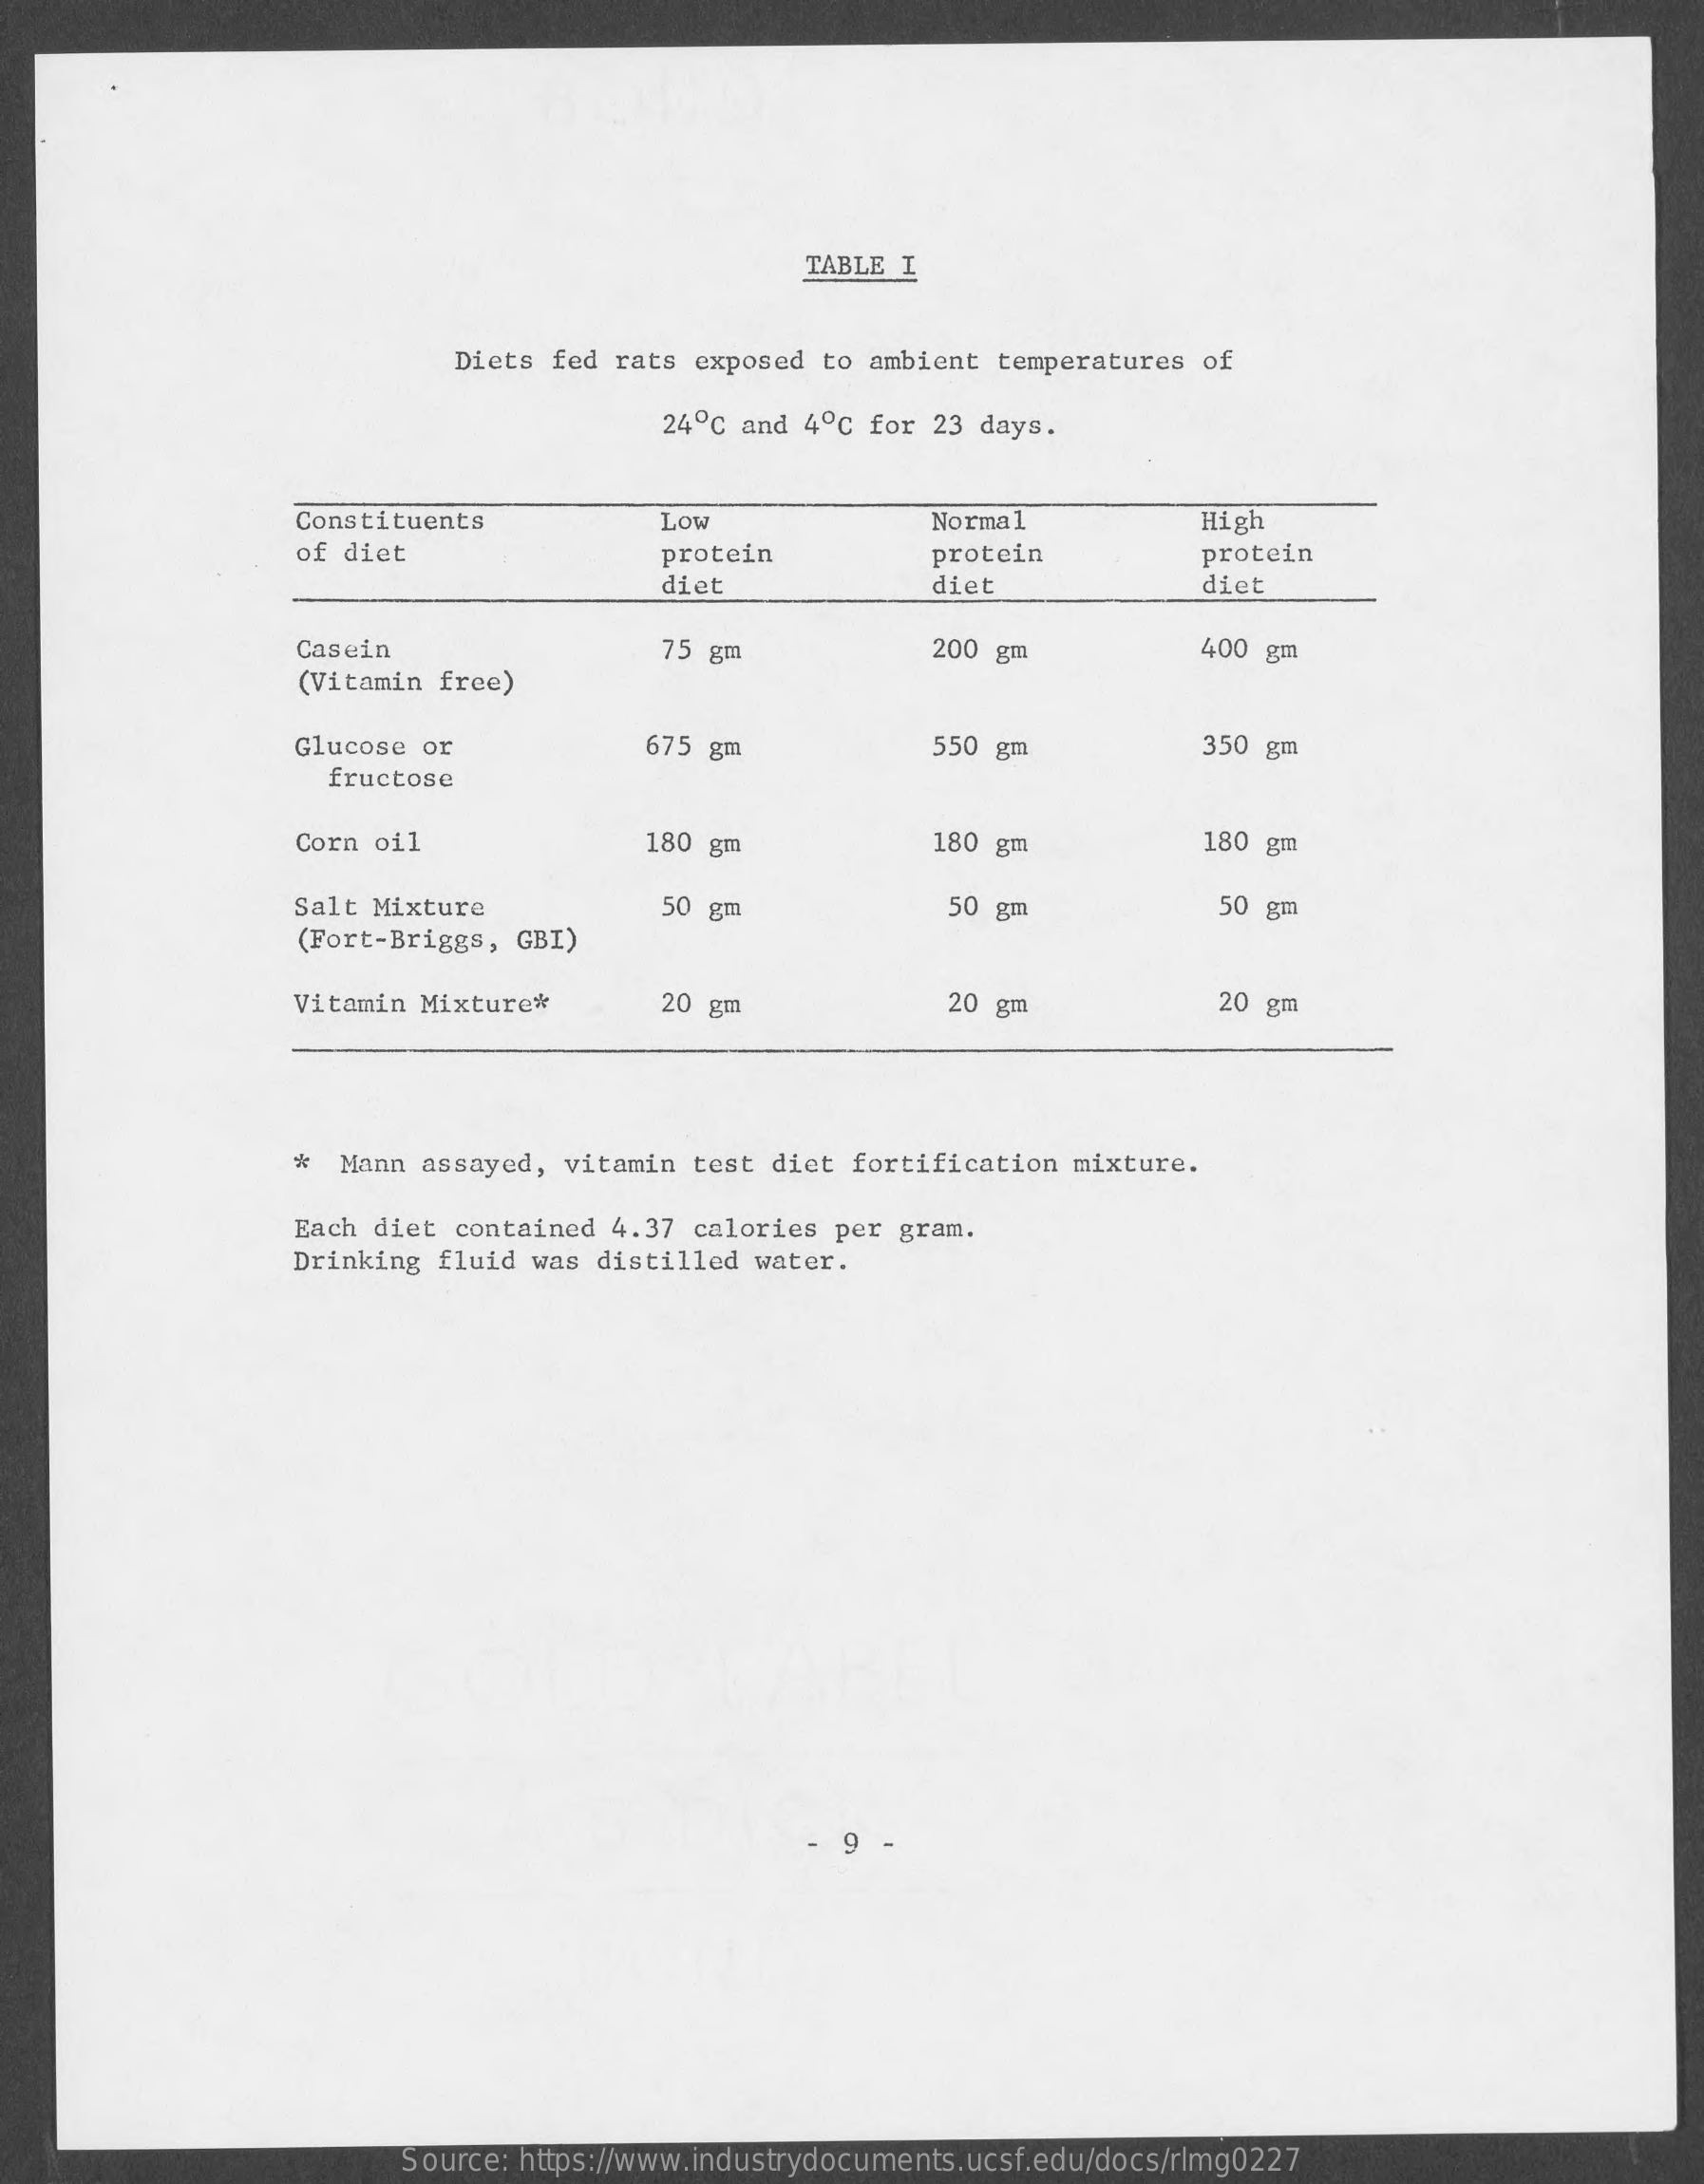
TABLE I
     Diets fed rats  exposed to ambient temperatures  of
     24º ℃ and 4º ℃ for 23 days.
     Constituents    Low    Normal    High
     of diet    protein    protein    protein
     diet    diet    diet
     Casein    75 gm    200 gm    400 gm
     (Vitamin free)
     Glucose or    675 gm    550 gm    350 gm
     fructose
     Corn oil    180 gm    180 gm    180 gm
     Salt Mixture    50 gm    50 gm    50 gm
     (Fort-Briggs, GBI)
     Vitamin Mixture*    20 gm    20 gm    20 gm
     *  Mann  assayed, vitamin test  diet fortification mixture.
     Each diet  contained 4.37 calories  per gram.
     Drinking  fluid was distilled  water.
     9
     Source: https://www.industrydocuments.ucsf.edu/docs/rlmg0227